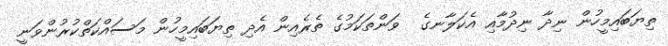
ތިޔަބައިމީހުން ނިދާ ނިދުމާއި އެކަލާނގެ  ވަންތަކަމުގެ ތެރެއިން އެދި ތިޔަބައިމީހުން މަސައްކަތްކުރުންވަނީ